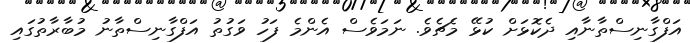
އަފްގާނިސްތާނާއި ދެކޮޅަށް ކުޅޭ މެޗެވެ. ނަމަވެސް އެންމެ ފަހު ވަގުތު އަފްގާނިސްތާނު މުބާރާތުގައި